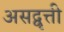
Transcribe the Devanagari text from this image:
असद्वृत्ती